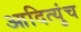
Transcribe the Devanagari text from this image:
आदित्युंच